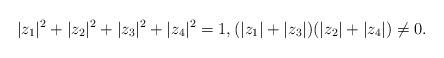
LaTeX: \begin{align*} |z_1|^2 + |z_2|^2 + |z_3|^2 + |z_4|^2 =1 , (|z_1| + |z_3|)(|z_2| + |z_4|) \neq 0 .\end{align*}